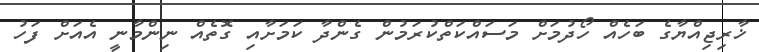
ޚާރިޖިއްޔާގެ ބަހެއް ހޯދުމަށް މަސައްކަތްކުރަމުން ގެންދާ ކަމަށާއި ގޮތެއް ނިންމާނީ އެއަށް ފަހު